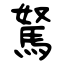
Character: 駑